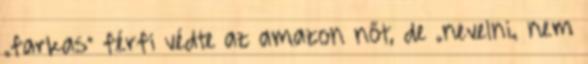
„farkas” férfi védte az amazon nőt, de „nevelni„ nem